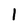
Character: 1